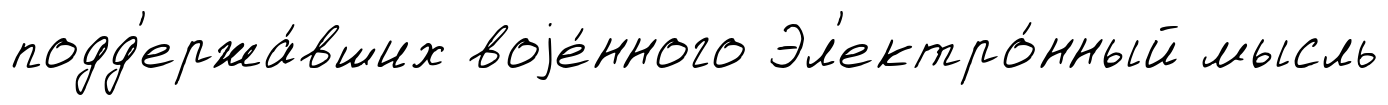
подд'ержа́вших воjе́нного Эл'ектро́нный мысль